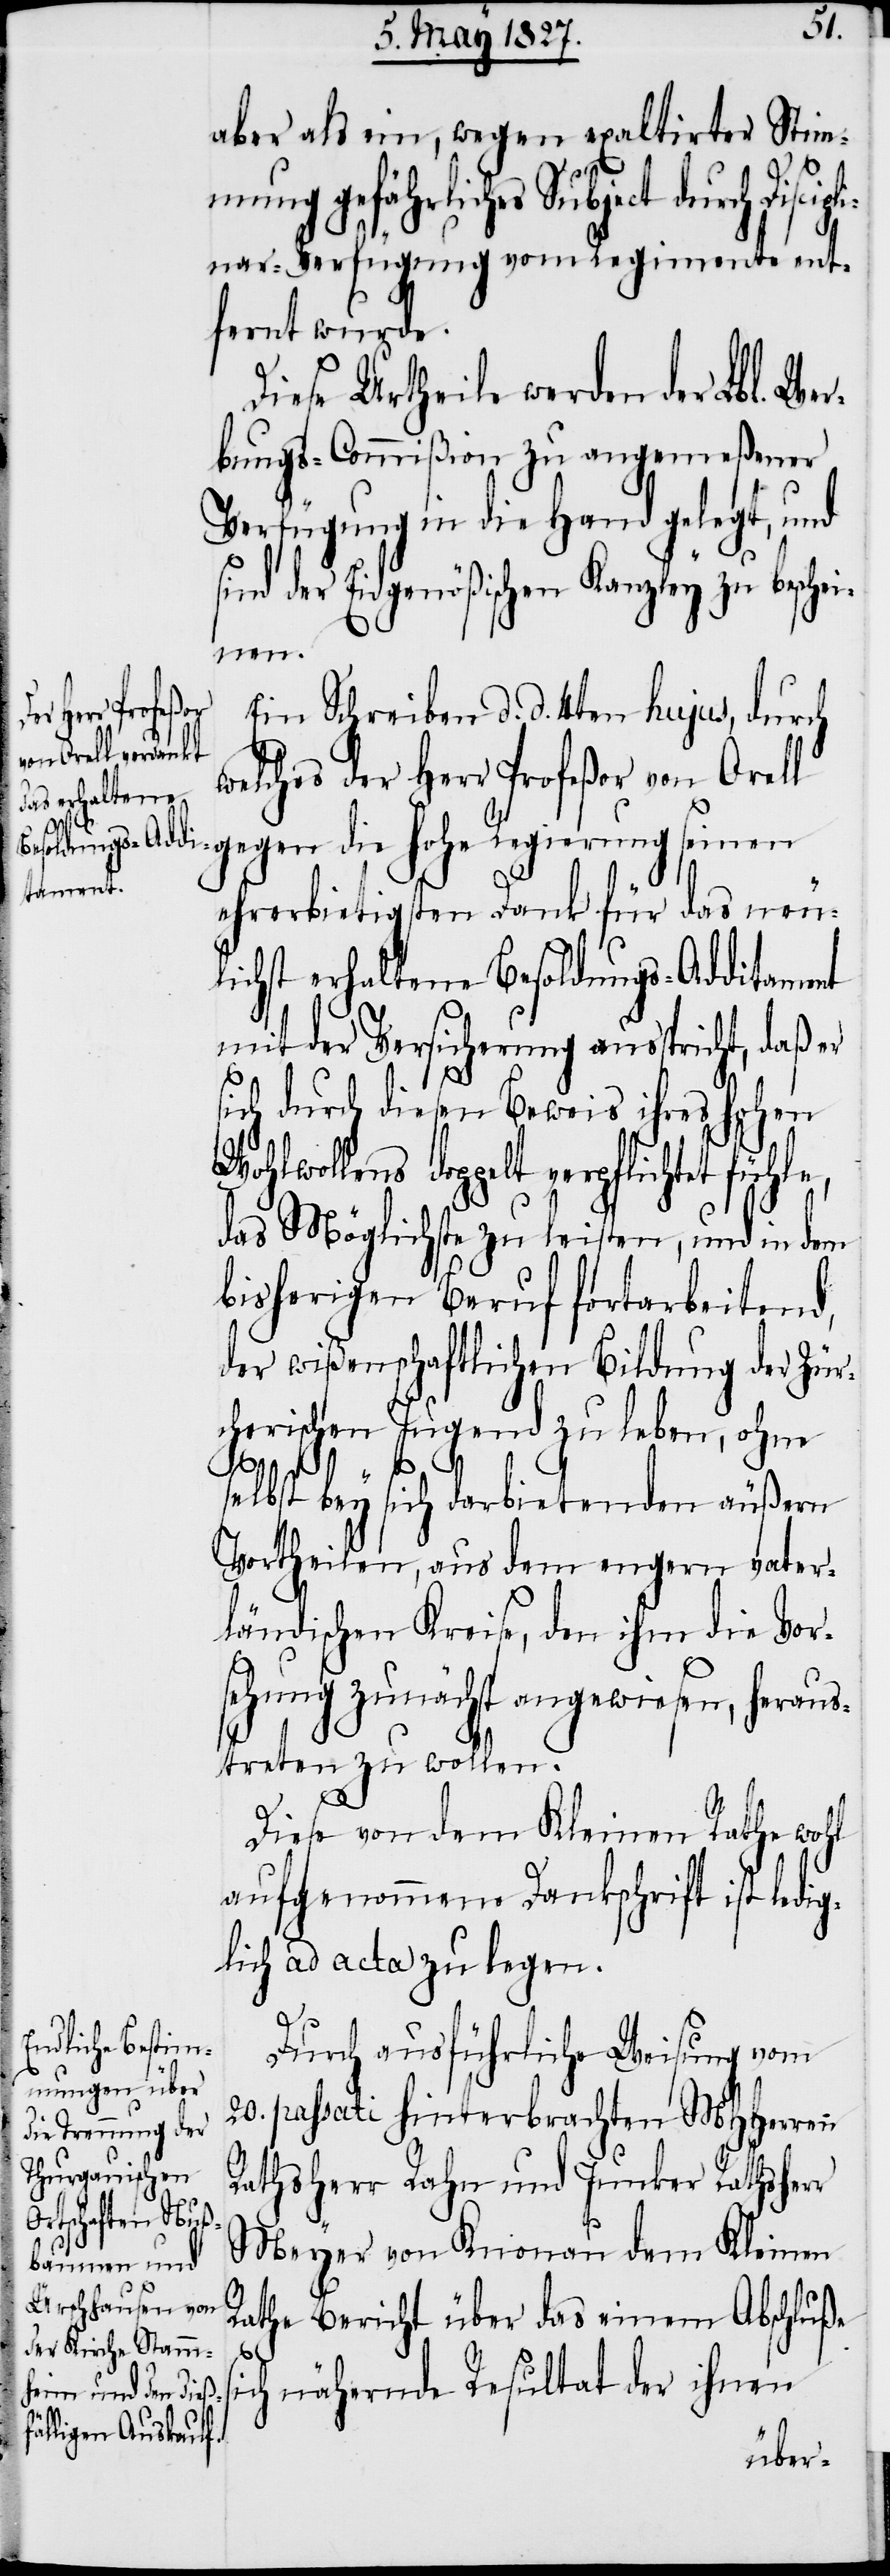
aber als ein, wegen exaltirter Stim¬
mung gefährliches Subject durch
nar-Verfügung vom Regimente ent¬
fernt wurde.
Diese Urtheile werden der Lbl. We¬
rbungs-Commißion zu angemeßener
Verfügung in die Hand gelegt, und
ind der Eidgenößischen Kanzley zu besche¬
inen.
et fühle,
Ein Schreiben d. d. 4ten hujus, durch
welches der Herr Profeßor von Orel¬
l gegen die Hohe Regierung seinen
ehrerbietigsten Dank für das neu¬
lichst erhaltene Besoldungs-Additament
mit der Versicherung ausspricht, daß er
sich durch diesen Beweis ihres hohen
Wohlwollens doppelt verpflicht¬
das Möglichste zu leisten, und in dem
bisherigen Beruf fortarbeitend,
der wißenschaftlichen Bildung der Zür¬
cherischen Jugend zu leben, ohne
selbst bey sich darbietenden äußern
Vortheilen, aus dem engern vater¬
ländischen Kreise, den ihm die Vor¬
sehung zunächst angewiesen, heraus¬
treten zu wollen.
Diese von dem Kleinen Rathe wohl
aufgenommene Dankschrift ist ledi¬
glich ad acta zu legen.
s¬
Durch ausführliche Weisung vom
20. passati hinterbrachten MHHerren
Rathsherr Rahn und Junker Rathsherr
Meyer von Knonau dem Kleinen
Rathe Bericht über das einem Abschluße
nähernde Resultat der ihnen